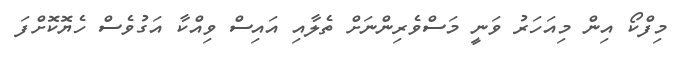
މިފްކޯ އިން މިއަހަރު ވަނީ މަސްވެރިންނަށް ތެލާއި އައިސް ވިއްކާ އަގުވެސް ހެޔޮކޮށްފަ